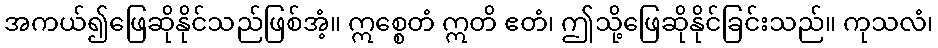
အကယ်၍ဖြေဆိုနိုင်သည်ဖြစ်အံ့။ ဣစ္စေတံ ဣတိ ဧတံ၊ ဤသို့ဖြေဆိုနိုင်ခြင်းသည်။ ကုသလံ၊